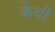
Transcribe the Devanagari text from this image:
केयी